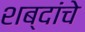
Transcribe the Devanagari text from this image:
शब्दांंचे